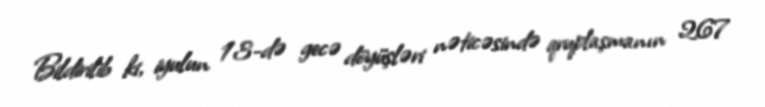
Bildirilib ki, iyulun 13-də gecə döyüşləri nəticəsində qruplaşmanın 267